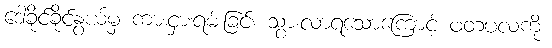
ဒေါ်ခိုင်ခိုင်နွယ်မှ ကားငှားရမ်းခြင်း သွားလာရသောကြောင့် ဖတပလကို